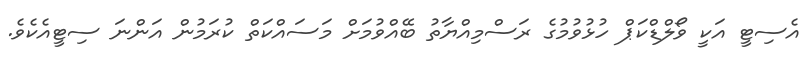
އެސިޓީ އަކީ ވޯލްޑްކަޕް ހުޅުވުމުގެ ރަސްމިއްޔާތު ބޭއްވުމަށް މަސައްކަތް ކުރަމުން އަންނަ ސިޓީއެކެވެ.